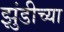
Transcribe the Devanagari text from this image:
झुंडीच्या